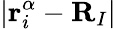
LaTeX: |\mathbf{r}_{i}^{\alpha}-\mathbf{R}_{I}|